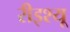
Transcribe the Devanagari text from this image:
रीइश्यू